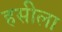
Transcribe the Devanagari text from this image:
हसीला